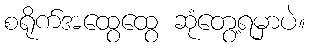
စရိုက်အထွေထွေ ဆုံတွေ့ရမှာပဲ။